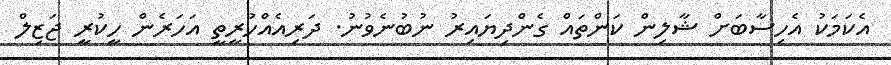
އެކަމަކު އެހިސާބަށް ޝާލިން ކަންތައް ގެންދިޔައިރު ނުބުނެވުނު. ދަރިއެއްހުރީތީ އަހަރެން ހީކުރީ ޖަޒިލް